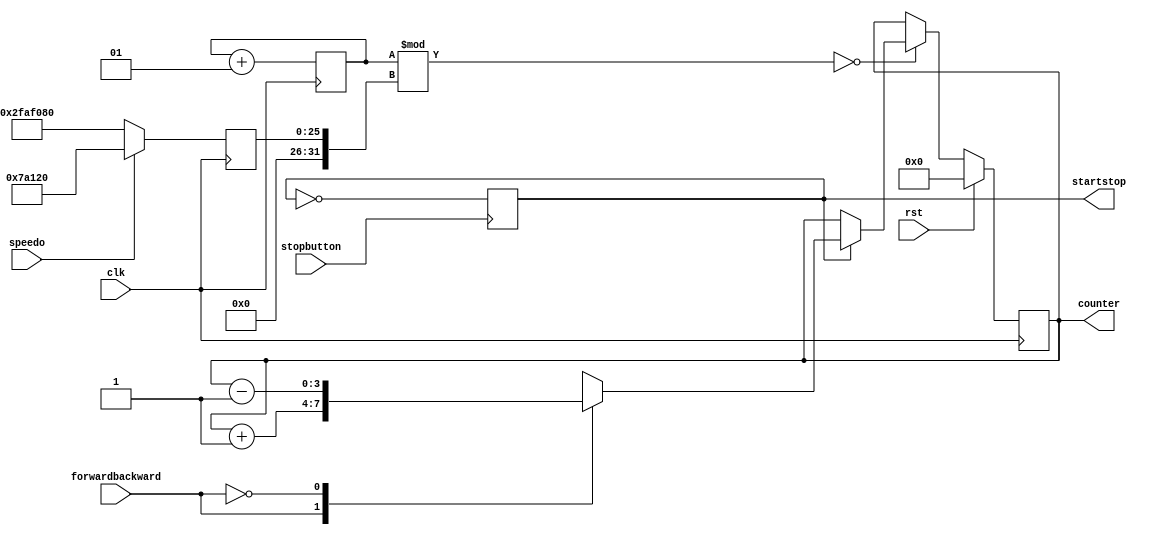
`timescale 1ns / 1ps

module hw1_q4d(
    input clk,rst,
    input forwardbackward, speedo,
    input stopbutton,
    output reg startstop,
    output reg [3:0] counter = 0
    );
    integer divider=0;
    integer bignumber = 0;
always @(posedge clk) begin
    divider <= divider +1;
    if (speedo==1) bignumber <= 500000;
    else if (speedo==0) bignumber <= 50000000;
    if (rst)begin
        counter <= 0;
    end
    else if (divider % bignumber == 0)begin
        if(startstop == 1)begin
            case(forwardbackward)
                1'b1: begin
                    counter <= counter+1;
                end
                1'b0: begin
                    counter <= counter-1;
                end
            endcase
        end
        else counter <= counter;
    end        
end

always @(posedge stopbutton)begin
    startstop <= ~startstop;
end
endmodule